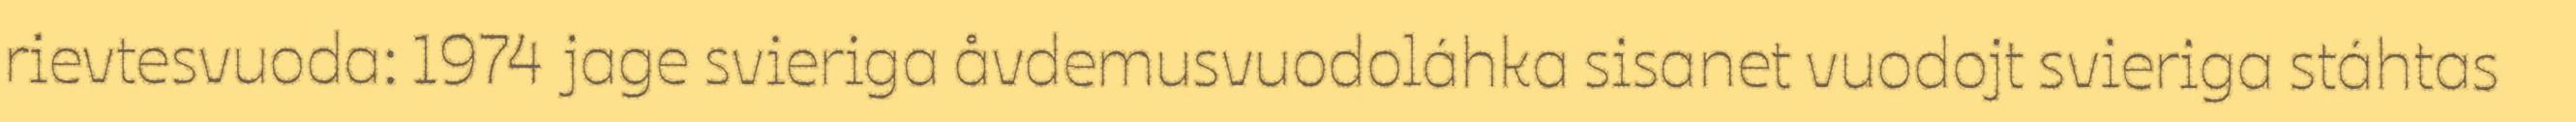
rievtesvuoda: 1974 jage svieriga åvdemusvuodoláhka sisanet vuodojt svieriga stáhtas